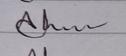
Signature authenticity: genuine